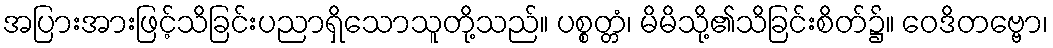
အပြားအားဖြင့်သိခြင်းပညာရှိသောသူတို့သည်။ ပစ္စတ္တံ၊ မိမိသို့၏သိခြင်းစိတ်၌။ ဝေဒိတဗ္ဗော၊